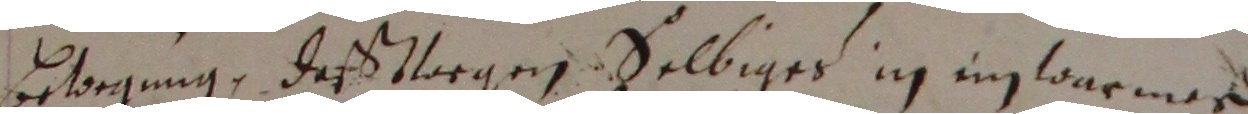
betoegung, deß vorgen selbiges in im warmard